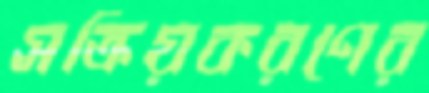
সক্রিয়করণের